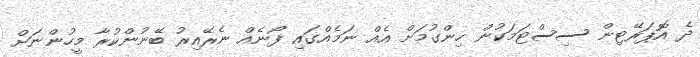
ދެ އޮޕަރޭޓިން ސިސްޓަމަކުން ހިންގުމަށް އެއް ނަމެއްގައި ފޯނެއް ނެރޭއިރު ބޭނުންކުރާ މީހުންނަށް